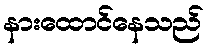
နားထောင်နေသည်